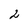
Character: 2